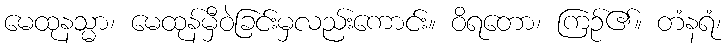
မေထုနသ္မာ၊ မေထုန်မှီဝဲခြင်းမှလည်းကောင်း။ ဝိရတော၊ ကြဉ်၏။ တံနရံ၊